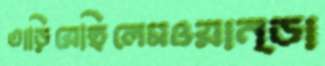
তাড়িয়েছিলেমওয়ান্ডা